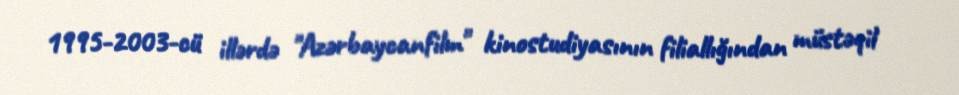
1995-2003-cü illərdə "Azərbaycanfilm" kinostudiyasının filiallığından müstəqil